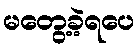
မတွေ့ခဲ့ရပေ